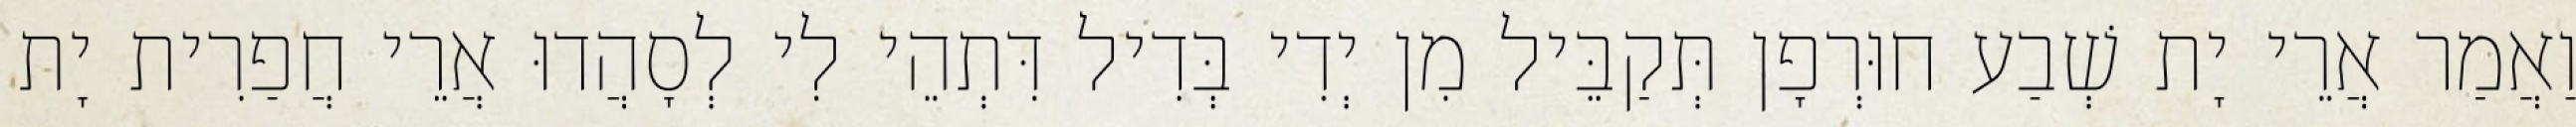
וַאֲמַר אֲרֵי יָת שְׁבַע חוּרְפָן תְּקַבֵּיל מִן יְדִי בְּדִיל דִּתְהֵי לִי לְסָהֲדוּ אֲרֵי חֲפַרִית יָת